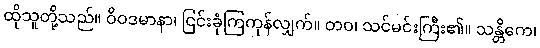
ထိုသူတို့သည်။ ဝိဝဒမာနာ၊ ငြင်းခုံကြကုန်လျှက်။ တဝ၊ သင်မင်းကြီး၏။ သန္တိကေ၊